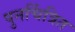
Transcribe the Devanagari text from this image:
पुनर्चित्रित